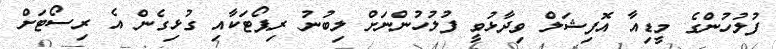
ފުލުހުންގެ މީޑިއާ އޮފިޝަލް ވިދާޅުވީ ފުލުހުންނަށް ލިބުނު ރިޕޯޓަކާއި ގުޅިގެން އެ ރިސޯޓަށް